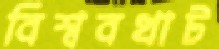
বিশ্ববখাট